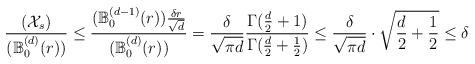
LaTeX: \begin{align*}&\frac{(\mathcal X_s)}{(\mathbb B_0^{(d)}(r)) }\le \frac{ (\mathbb B_0^{(d-1)}(r)) \frac{\delta r}{\sqrt{d}}}{(\mathbb B_0^{(d)}(r)) }= \frac{\delta}{\sqrt{\pi d}}\frac{\Gamma(\frac{d}{2}+1)}{\Gamma(\frac{d}{2}+\frac{1}{2})}\le \frac{\delta}{\sqrt{\pi d}} \cdot \sqrt{\frac{d}{2}+\frac{1}{2}} \le \delta\end{align*}